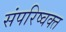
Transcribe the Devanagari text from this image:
संपरिष्वक्त